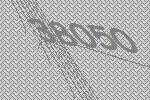
38050